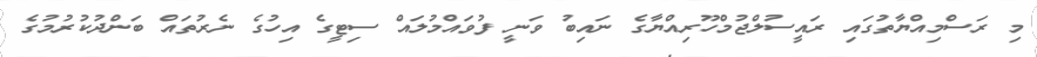
މި ރަސްމިއްޔާތުގައި ރައީސުލްޖުމްހޫރިއްޔާގެ ނައިބު ވަނީ ފުވައްމުލައް ސިޓީގެ އިހުގެ ނެރުތައް ބަންދުކުރުމުގެ